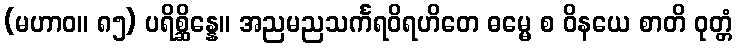
(မဟာဝ။ ၈၅) ပရိစ္ဆိန္နေ။ အညမညသင်္ကရဝိရဟိတေ ဓမ္မေ စ ဝိနယေ စာတိ ဝုတ္တံ